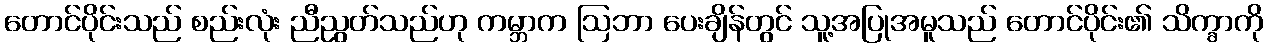
တောင်ပိုင်းသည် စည်းလုံး ညီညွတ်သည်ဟု ကမ္ဘာက ဩဘာ ပေးချိန်တွင် သူ့အပြုအမူသည် တောင်ပိုင်း၏ သိက္ခာကို